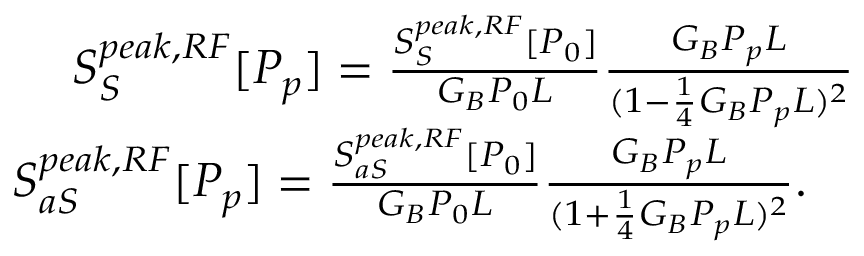
\begin{array} { r l r } & { } & { S _ { S } ^ { p e a k , R F } [ P _ { p } ] = \frac { S _ { S } ^ { p e a k , R F } [ P _ { 0 } ] } { G _ { B } P _ { 0 } L } \frac { G _ { B } P _ { p } L } { ( 1 - \frac { 1 } { 4 } G _ { B } P _ { p } L ) ^ { 2 } } \quad \quad } \\ & { } & { S _ { a S } ^ { p e a k , R F } [ P _ { p } ] = \frac { S _ { a S } ^ { p e a k , R F } [ P _ { 0 } ] } { G _ { B } P _ { 0 } L } \frac { G _ { B } P _ { p } L } { ( 1 + \frac { 1 } { 4 } G _ { B } P _ { p } L ) ^ { 2 } } . \quad \quad \quad } \end{array}